Report on vaccination proceedings throughout the Government of Bengal -
Year: 1868
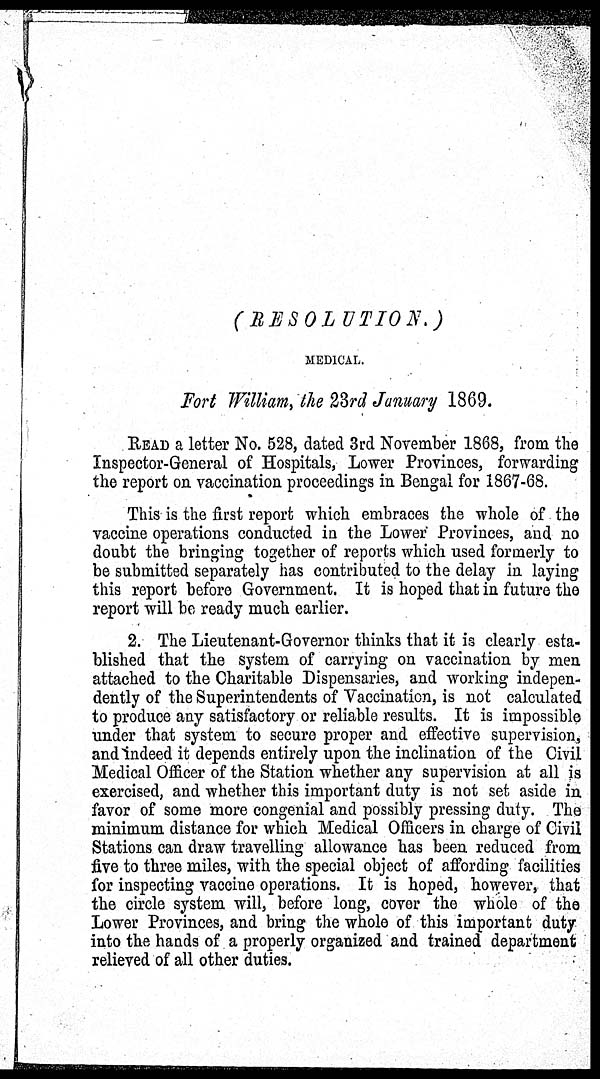
(RESOLUTION.)
MEDICAL.
Fort William, the 23rd January 1869.
READ a letter No. 528, dated 3rd November 1868, from the
Inspector-General of Hospitals, Lower Provinces, forwarding
the report on vaccination proceedings in Bengal for 1867-68.
This is the first report which embraces the whole of the
vaccine operations conducted in the Lower Provinces, and no
doubt the bringing together of reports which used formerly to
be submitted separately has contributed to the delay in laying
this report before Government. It is hoped that in future the
report will be ready much earlier.
2. The Lieutenant-Governor thinks that it is clearly esta-
blished that the system of carrying on vaccination by men
attached to the Charitable Dispensaries, and working indepen-
dently of the Superintendents of Vaccination, is not calculated
to produce any satisfactory or reliable results. It is impossible
under that system to secure proper and effective supervision,
and indeed it depends entirely upon the inclination of the Civil
Medical Officer of the Station whether any supervision at all is
exercised, and whether this important duty is not set aside in
favor of some more congenial and possibly pressing duty. The
minimum distance for which Medical Officers in charge of Civil
Stations can draw travelling allowance has been reduced from
five to three miles, with the special object of affording facilities
for inspecting vaccine operations. It is hoped, however, that
the circle system will, before long, cover the whole of the
Lower Provinces, and bring the whole of this important duty
into the hands of a properly organized and trained department
relieved of all other duties.